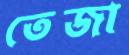
তেজা